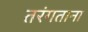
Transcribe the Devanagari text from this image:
तरंगताना